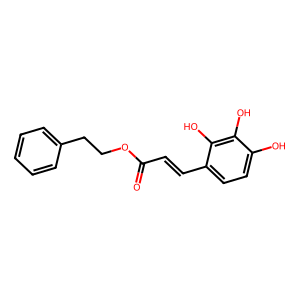
SMILES: O=C(C=Cc1ccc(O)c(O)c1O)OCCc1ccccc1
Inhibits HIV replication: No